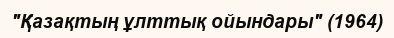
"Қазақтың ұлттық ойындары" (1964)